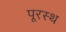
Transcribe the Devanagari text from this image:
पूरस्थ